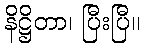
နိဋ္ဌိတာ၊ ပြီးပြီ။